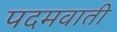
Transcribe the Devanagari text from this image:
पदमवाती